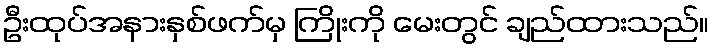
ဦးထုပ်အနားနှစ်ဖက်မှ ကြိုးကို မေးတွင် ချည်ထားသည်။